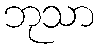
ဘုသာ